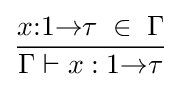
{x{:}1{\to }\tau \;\in \;\Gamma } \over {\Gamma \vdash x:1{\to }\tau }